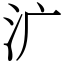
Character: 㲿